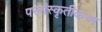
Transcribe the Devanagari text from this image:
परसंस्कृतीकरण